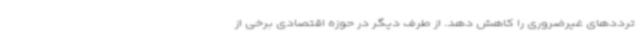
ترددهای غیرضروری را کاهش دهد. از طرف دیگر در حوزه اقتصادی برخی از